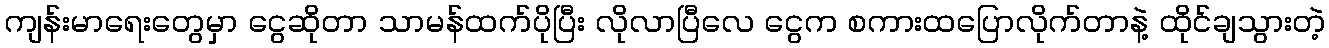
ကျန်းမာရေးတွေမှာ ငွေဆိုတာ သာမန်ထက်ပိုပြီး လိုလာပြီလေ ငွေက စကားထပြောလိုက်တာနဲ့ ထိုင်ချသွားတဲ့